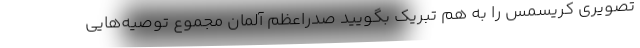
تصویری کریسمس را به هم تبریک بگویید صدراعظم آلمان مجموع توصیه‌هایی